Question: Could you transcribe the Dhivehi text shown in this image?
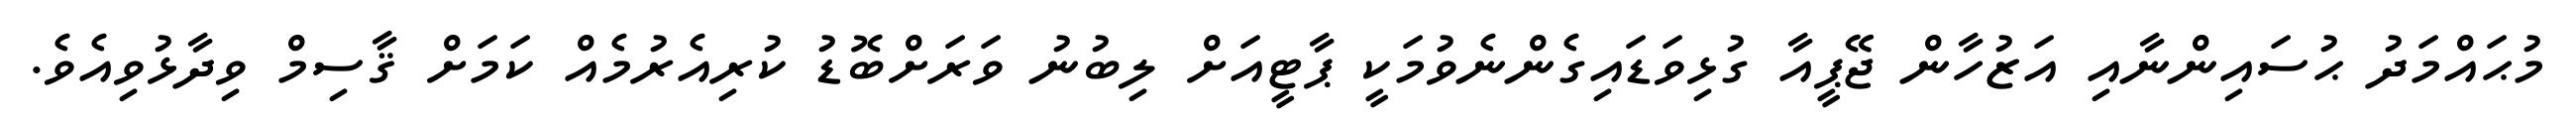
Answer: މުޙައްމަދު ޙުސައިންނާއި އަޒުހާން ޖޭޕީއާ ގުޅިވަޑައިގެންނެވުމަކީ ޕާޓީއަށް ލިބުނު ވަރަށްބޮޑު ކުރިއެރުމެއް ކަމަށް ޤާސިމް ވިދާޅުވިއެވެ.